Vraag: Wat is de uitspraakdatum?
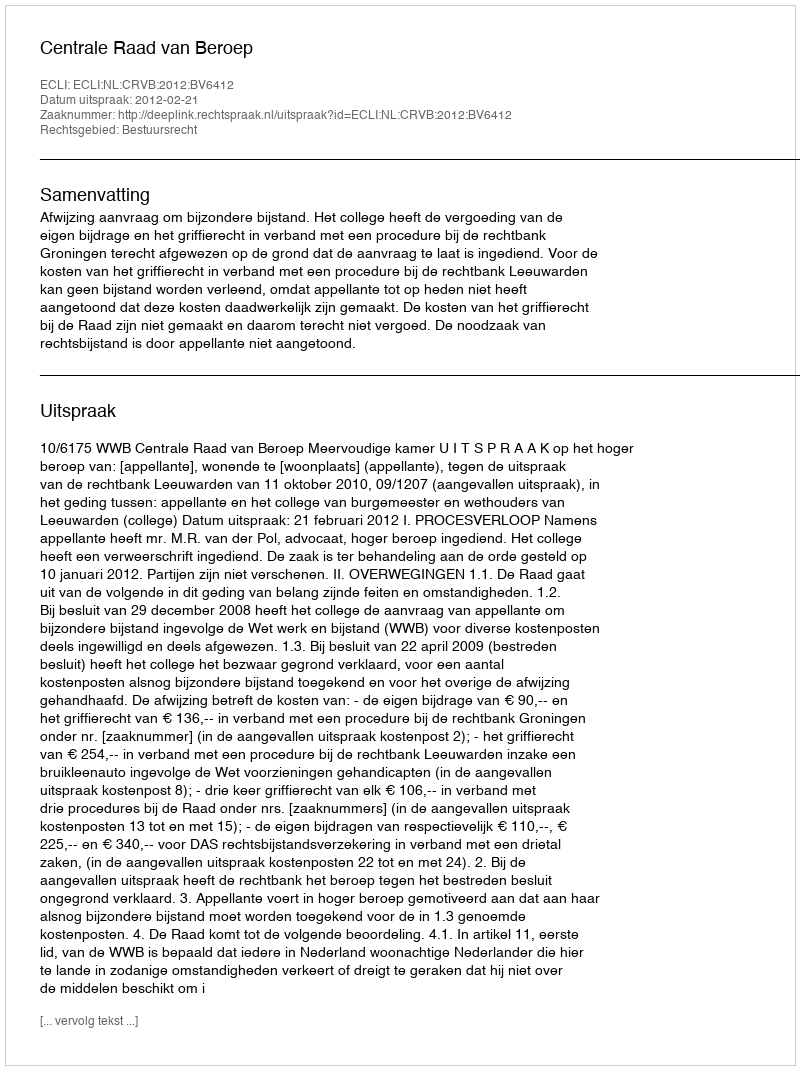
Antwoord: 2012-02-21